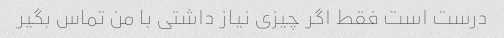
درست است فقط اگر چیزی نیاز داشتی با من تماس بگیر